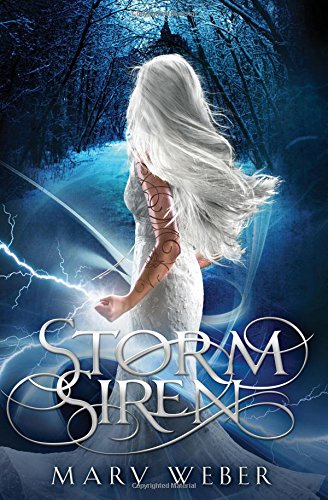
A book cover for Storm Siren (The Storm Siren Trilogy); Mary Weber; Teen & Young Adult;